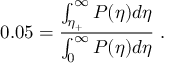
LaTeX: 0 . 0 5 = \frac { \int _ { \eta _ { + } } ^ { \infty } P ( \eta ) d \eta } { \int _ { 0 } ^ { \infty } P ( \eta ) d \eta } \; .